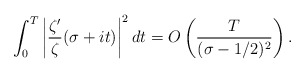
\begin{align*}\int_0^T \left| \frac{\zeta'}{\zeta}(\sigma+it) \right|^2 dt = O\left( \frac{T}{(\sigma-1/2)^2} \right). \end{align*}